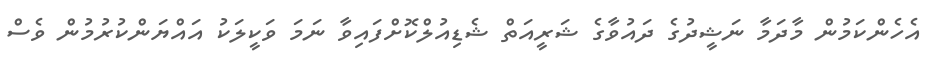
އެހެންކަމުން މާދަމާ ނަޝީދުގެ ދައުވާގެ ޝަރީއަތް ޝެޑިއުލްކޮށްފައިވާ ނަމަ ވަކީލަކު އައްޔަންކުރުމުން ވެސް